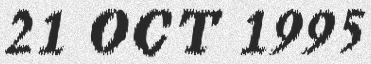
21 OCT 1995